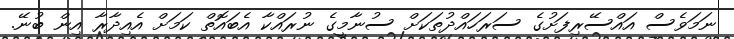
ނަމަވެސް އައްސޭރިފަށުގެ ސަރަހައްދުތަަކަށް ސުނާމީގެ ނުރައްކާ އެބައޮތް ކަމަށް އެއިދާރާ އިން ބުނޭ.